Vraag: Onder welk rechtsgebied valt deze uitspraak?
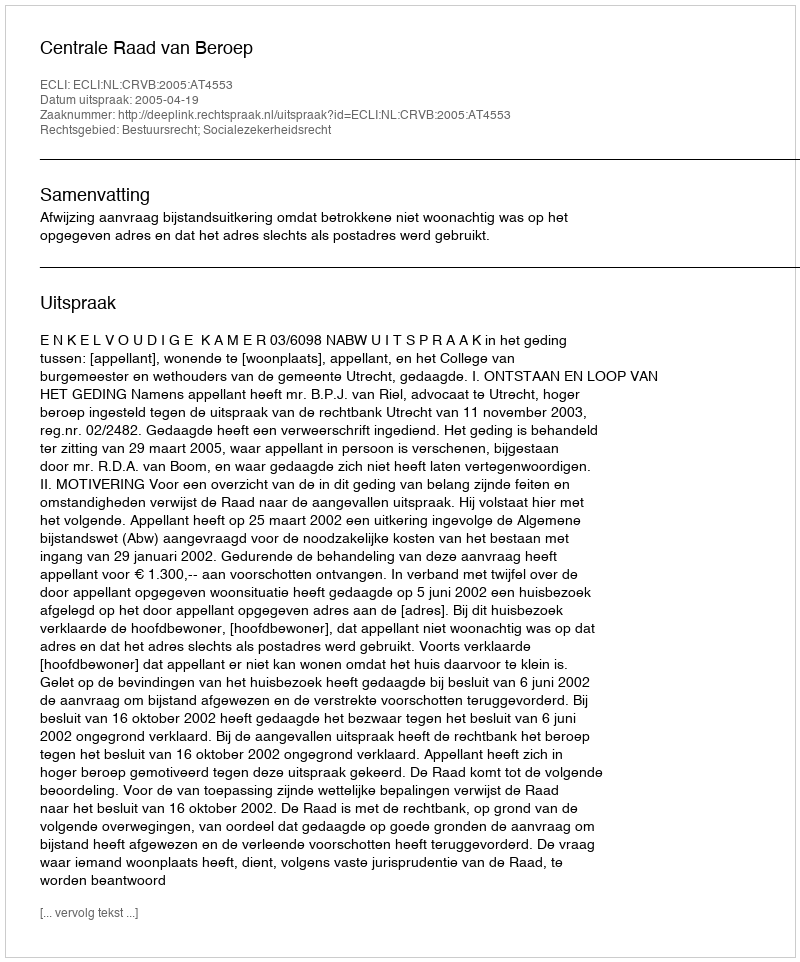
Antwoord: Bestuursrecht; Socialezekerheidsrecht